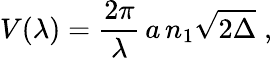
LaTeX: V(\lambda)=\frac{2\pi}{\lambda}\, a\, n_{1}\sqrt{2\Delta}\; ,